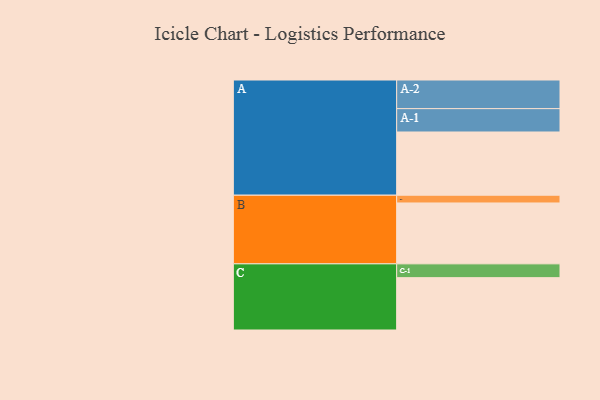
{"axis": {"x": "Segment", "y": "Value"}, "legend": ["", "A", "B", "C"], "data": [{"x": "A", "y": 563, "type": ""}, {"x": "B", "y": 542, "type": ""}, {"x": "C", "y": 466, "type": ""}, {"x": "A-1", "y": 208, "type": "A"}, {"x": "A-2", "y": 255, "type": "A"}, {"x": "B-1", "y": 69, "type": "B"}, {"x": "C-1", "y": 123, "type": "C"}]}